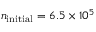
n _ { \mathrm { i n i t i a l } } = 6 . 5 \times 1 0 ^ { 5 }